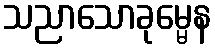
သညာသောခုမ္မေန